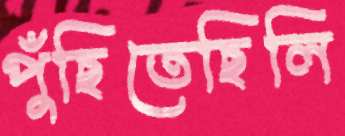
পুঁছিতেছিলি